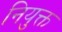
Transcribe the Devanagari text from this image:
नियुक्त